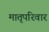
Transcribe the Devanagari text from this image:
मातृपरिवार